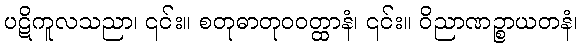
ပဋိကူလသညာ၊ ၎င်း။ စတုဓာတုဝဝတ္ထာနံ၊ ၎င်း။ ဝိညာဏဉ္စာယတနံ၊